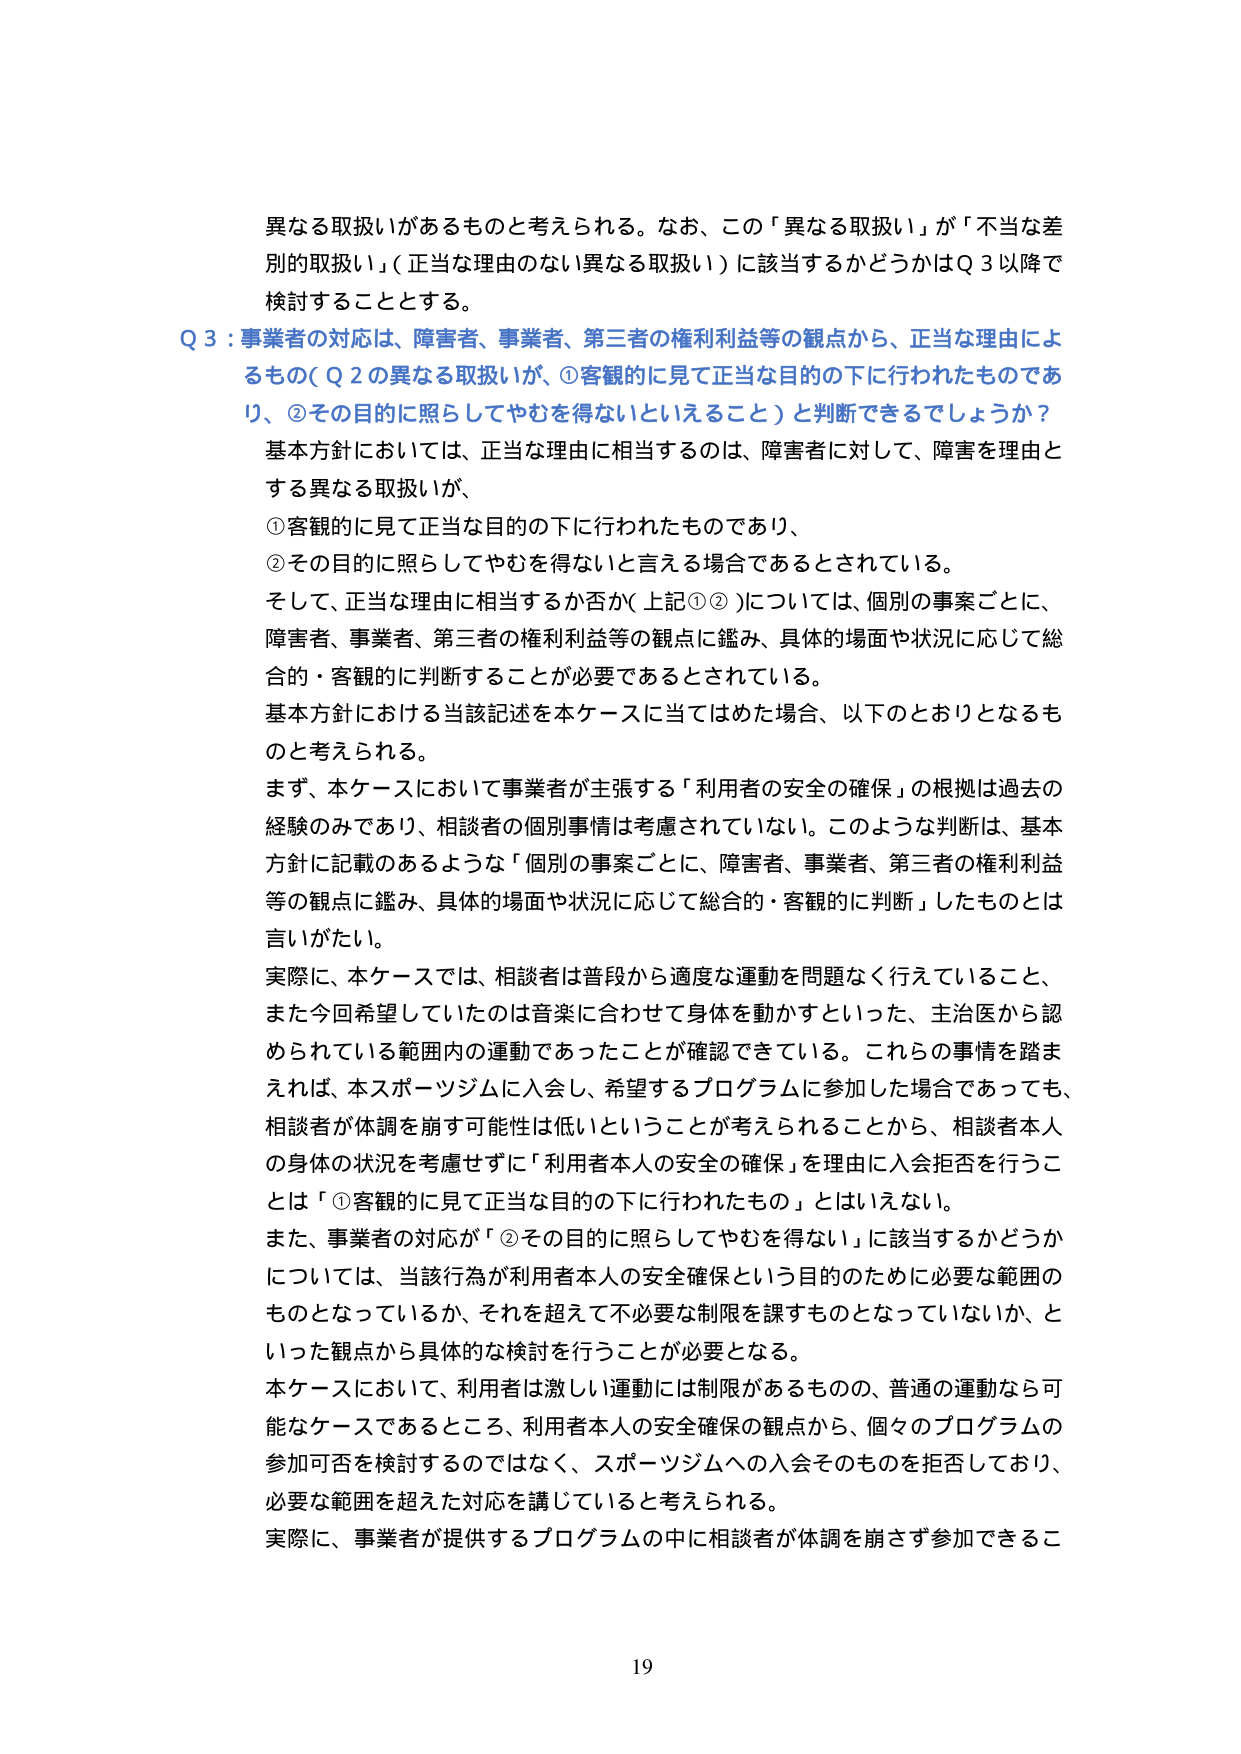
異なる取扱いがあるものと考えられる。なお、この「異なる取扱い」が「不当な差別の取扱い」（正当な理由のない異なる取扱い）に該当するかどうかはQ 3以降で検討することとする。

Q 3：事業者の対応は、障害者、事業者、第三者の権利利益等の観点から、正当な理由によるもの（Q 2の異なる取扱いが、①客観的に見て正当な目的の下に行われたものであり、②その目的に照らしてやむを得ないといえること）と判断できるでしょうか？

基本方針においては、正当な理由に相当するのは、障害者に対して、障害を理由とする異なる取扱いが、

①客観的に見て正当な目的の下に行われたものであり、

②その目的に照らしてやむを得ないと言える場合であるとされている。

そして、正当な理由に相当するか否か（上記①②）については、個別の事案ごとに、障害者、事業者、第三者の権利利益等の観点に鑑み、具体的場面や状況に応じて総合的・客観的に判断することが必要であるとされている。

基本方針における当該記述を本ケースに当てはめた場合、以下のとおりとなるものと考えられる。

まず、本ケースにおいて事業者が主張する「利用者の安全の確保」の根拠は過去の経験のみであり、相談者の個別事情は考慮されていない。このような判断は、基本方針に記載のあるような「個別の事案ごとに、障害者、事業者、第三者の権利利益等の観点に鑑み、具体的場面や状況に応じて総合的・客観的に判断」したものとは言いがたい。

実際に、本ケースでは、相談者は普段から適度な運動を問題なく行えていること、また今回希望していたのは音楽に合わせて身体を動かすといった、主治医から認められている範囲内の運動であったことが確認できている。これらの事情を踏まえれば、本スポーツジムに入会し、希望するプログラムに参加した場合であっても、相談者が体調を崩す可能性は低いということが考えられることから、相談者本人の身体の状況を考慮せずに「利用者本人の安全の確保」を理由に入会拒否を行うことは「①客観的に見て正当な目的の下に行われたもの」とはいえない。

また、事業者の対応が「②その目的に照らしてやむを得ない」に該当するかどうかについては、当該行為が利用者本人の安全確保という目的のために必要な範囲のものとなっているか、それを超えて不必要な制限を課すものとなっていないか、といった観点から具体的な検討を行うことが必要となる。

本ケースにおいて、利用者は激しい運動には制限があるものの、普通の運動なら可能なケースであるところ、利用者本人の安全確保の観点から、個々のプログラムの参加可否を検討するのではなく、スポーツジムへの入会そのものを拒否しており、必要な範囲を超えた対応を講じていると考えられる。

実際に、事業者が提供するプログラムの中に相談者が体調を崩さず参加できるこ

19